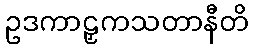
ဥဒကာဠှကသတာနီတိ